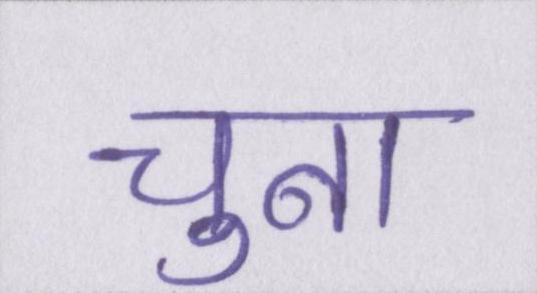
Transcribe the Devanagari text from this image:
चुना